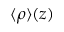
\langle \rho \rangle ( z )